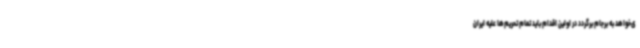
ی‌خواهد به برجام برگردد در اولین اقدام باید تمام تحریم‌ها علیه ایران